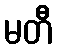
မတီ